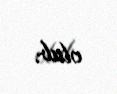
olub.